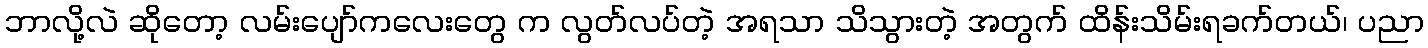
ဘာလို့လဲ ဆိုတော့ လမ်းပျော်ကလေးတွေ က လွတ်လပ်တဲ့ အရသာ သိသွားတဲ့ အတွက် ထိန်းသိမ်းရခက်တယ်၊ ပညာ